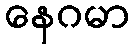
နေဂမာ